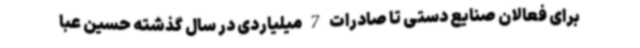
برای فعالان صنایع دستی تا صادرات 7 میلیاردی در سال گذشته حسین عبا